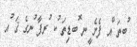
ުބތަ ްއ ފެށެ ީނ ޮބޑިތަ ުކ ުރފާ ުނގެ ޤަ ުއ